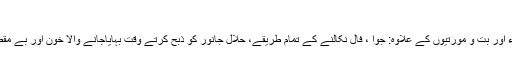
حرا م اشیاء میں شامل دیگر امور
شریعتِ مطہّرہ میں شراب ، مردار ، خنزیربشمول اُس کے تمام اجزاء اور بت و مورتیوں کے علاوہ: جوّا ، فال نکالنے کے تمام طریقے، حلال جانور کو ذبح کرتے وقت بہایاجانے والا خون اور بے مقصد،دلفریب اورغافل کرنے والی باتوں کی حرمت بیان کی گئی ہے‘‘۔